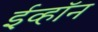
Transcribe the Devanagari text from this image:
ईव्हॉन